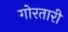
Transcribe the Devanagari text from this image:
गोरतारी